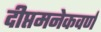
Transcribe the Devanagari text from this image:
दीप्तमनेकवर्णं